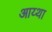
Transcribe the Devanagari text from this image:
आय्था